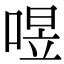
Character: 喅